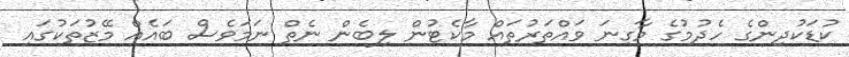
ކުޑަކުދިންގެ ހެދުމުގެ މާގިނަ ވައްތަރުތައް މާކެޓުން ލިބެން ނެތް ނަމަވެސް ބައެއް މޭޒުތަކުގައި